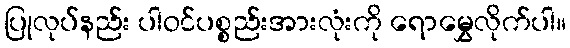
ပြုလုပ်နည်း ပါဝင်ပစ္စည်းအားလုံးကို ရောမွှေလိုက်ပါ။